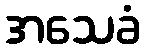
အသေခံ